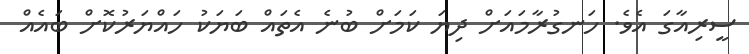
ސީރިއާގަ އެވެ. ހަނގުރާމައަށް ދިޔަ ކަމަށް ބުނެ އެތައް ބަޔަކު ހައްޔަރުކޮށް ބައެއް